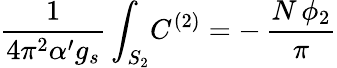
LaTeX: \frac{1}{4\pi^{2}\alpha^{\prime}g_{s}}\int_{S_{2}}\! C^{(2)}=-\, \frac{N\, \phi_{2}}{\pi}